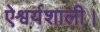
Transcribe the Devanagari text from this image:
ऐश्वर्यशाली।